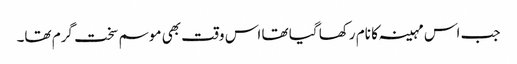
جب اس مہینہ کا نام رکھا گیا تھا اس وقت بھی موسم سخت گرم تھا۔